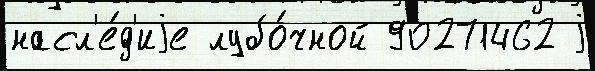
насл'е́д'иjе лубо́чной 90271462 j